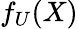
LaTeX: f_{U}(X)